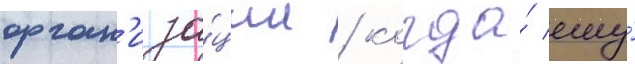
орган'иза́ции / когда́ ему́